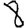
Digit: 8